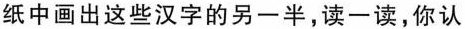
纸中画出这些汉字的另一半，读一读，你认